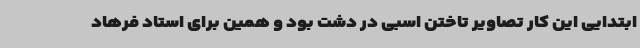
ابتدایی این کار تصاویر تاختن اسبی در دشت بود و همین برای استاد فرهاد